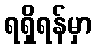
ရရှိရန်မှာ